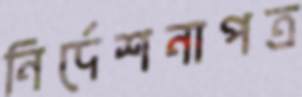
নির্দেশনাপত্র